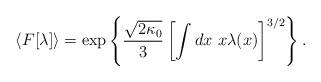
LaTeX: \begin{align*}\langle F[\lambda]\rangle =\exp \left\{ \frac{\sqrt{2\kappa_0}}{3}\left[\int dx~x\lambda(x)\right]^{3/2}\right\}.\end{align*}